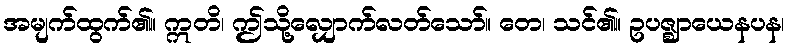
အမျက်ထွက်၏။ ဣတိ၊ ဤသို့လျှောက်လတ်သော်။ တေ၊ သင်၏။ ဥပဇ္ဈာယေနပန၊